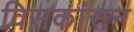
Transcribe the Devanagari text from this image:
विसकांसन